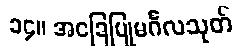
၁၄။ အခြေပြုမင်္ဂလသုတ်